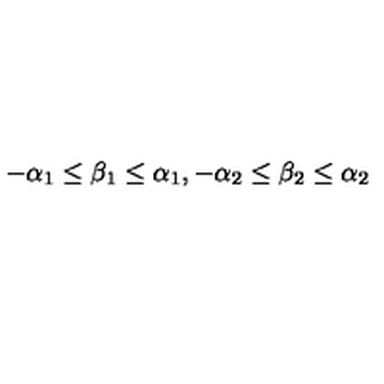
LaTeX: - \alpha _ { 1 } \leq \beta _ { 1 } \leq \alpha _ { 1 } , - \alpha _ { 2 } \leq \beta _ { 2 } \leq \alpha _ { 2 }